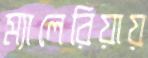
ম্যালেরিয়ায়